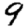
Digit: 9